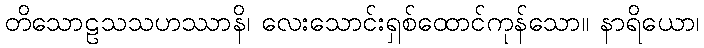
တိသောဠသသဟဿာနိ၊ လေးသောင်းရှစ်ထောင်ကုန်သော။ နာရိယော၊